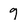
Character: 9